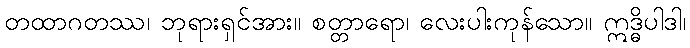
တထာဂတဿ၊ ဘုရားရှင်အား။ စတ္တာရော၊ လေးပါးကုန်သော။ ဣဒ္ဓိပါဒါ၊